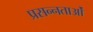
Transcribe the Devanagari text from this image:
प्रसन्नताओं